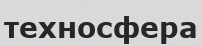
техносфера